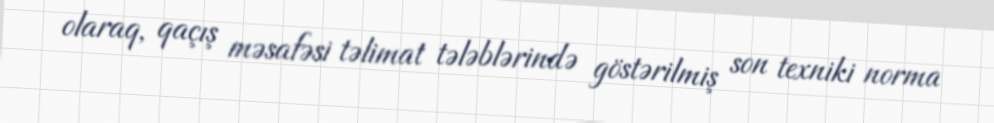
olaraq, qaçış məsafəsi təlimat tələblərində göstərilmiş son texniki norma